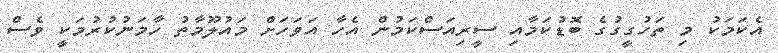
އެކަމަކު މި ތަހުގީގުގެ ބޮޑުކަމާއި ސީރިއަސްކަމުން އެހާ އަވަހަށް މައުލޫމާތު ހާމަނުކުރުމަކީ ވެސް